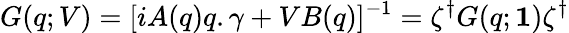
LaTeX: G(q;V)=[iA(q)q.\gamma+VB(q)]^{-1}=\zeta^{\dagger}G(q;{\mathbf 1})\zeta^{\dagger}